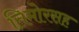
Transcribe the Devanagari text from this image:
तिमोरसह